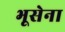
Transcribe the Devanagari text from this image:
भूसेना